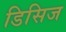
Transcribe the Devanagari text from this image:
डिसिज